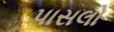
પાસલો